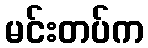
မင်းတပ်က